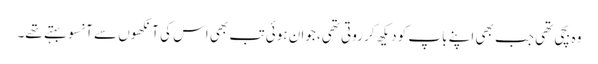
وہ بچی تھی جب بھی اپنے باپ کو دیکھ کر روتی تھی، جوان ہوئی تب بھی اس کی آنکھوں سے آنسو بہتے تھے۔